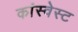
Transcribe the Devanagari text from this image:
कांस्वेस्ट